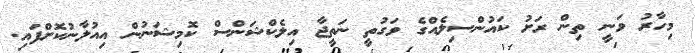
މިހާރު ވަނީ ތިން ރަށު ކައުންސިލެއްގެ ވަގުތީ ނަތީޖާ އިލެކްޝަންސް ކޮމިޝަނުން އިއުލާނުކޮށްފައި.